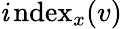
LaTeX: \operatorname{\mathit{i}ndex}_{x}(v)